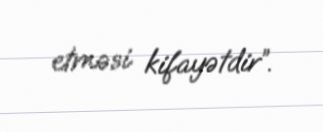
etməsi kifayətdir”.